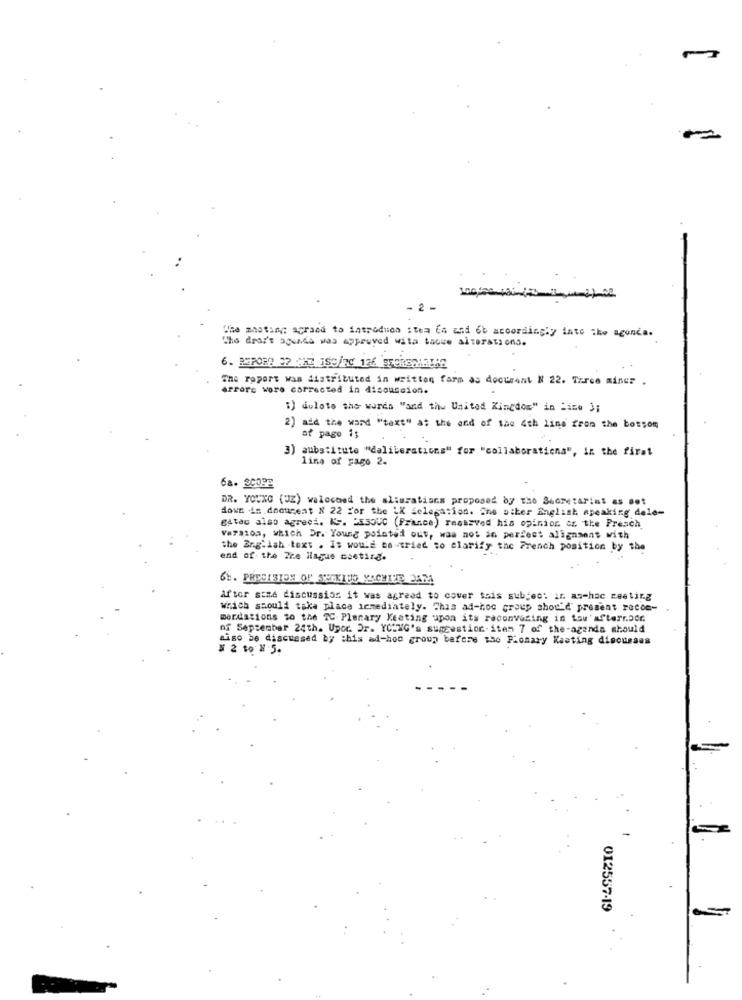
- 2
Was mosting agrand to introdues :tem Ca and 6b accordingly into the agonca.
The dray's agenda was approved wita taove alterations.
The roport was distributed in written farm as document N 22. Three miner .
errore wore corrected in discussion.
1) duloto sho wares "and the United Kingdom" in Bize 3;
2) add the word "text" at the and of the 4th line from the bottom
af page 1;
3) aubs:itute "daliberations" for "collaboratiena", in the first
line of pago 2.
68. 2003E
DR. YOUXG (UZ) waloched the alimrations proposed by the Secretariat as Bot
down .is document X 22 For the LX delegation. The other English speaking dele-
gatao also agreei. K. DESOUC (France) reserved his opinion, or the Presch
Vars103, which Dr. Young pointed out, was not in perfect alignment with
the English text . It would be-tried to clarify the French position by the
end of the The Hague coetirg.
66. PRECISION OF SHEKIHO YACHILE 2AM
After sime discussion it was agreed to cover tais subject ar. ag-hac reeling
Which should take place icmediately. This ad-hoc group show'd' present rocon-
merdations to the TC Plenary Meeting upon its reconvosing in tau'afterraor
of September 24th. Upor. Dr. YCING's suggestion.item 7 of the-agenda should
aiso be discussed by this ad-hoc group before the Fionary Kasting discusses
¥2 to #5.
012557-19